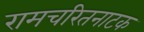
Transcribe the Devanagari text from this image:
रामचरितनाटक